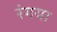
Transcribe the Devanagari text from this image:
रंगया